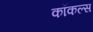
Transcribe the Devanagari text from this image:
कॉकल्स